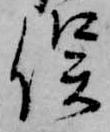
俣